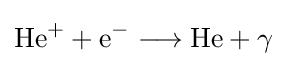
\mathrm {He} ^{+}+\mathrm {e} ^{-}\longrightarrow \mathrm {He} +\gamma